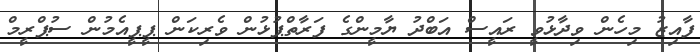
ފާއިޒު މިހެން ވިދާޅުވީ ރައީސް އަބްދު ޔާމީންގެ ފަރާތްޕުޅުން ވެރިކަން ޕީޕީއެމުން ސުޕްރީމް